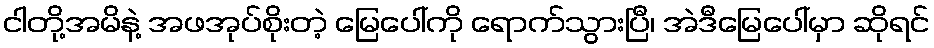
ငါတို့အမိနဲ့ အဖအုပ်စိုးတဲ့ မြေပေါ်ကို ရောက်သွားပြီ၊ အဲဒီမြေပေါ်မှာ ဆိုရင်